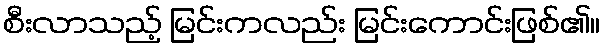
စီးလာသည့် မြင်းကလည်း မြင်းကောင်းဖြစ်၏။